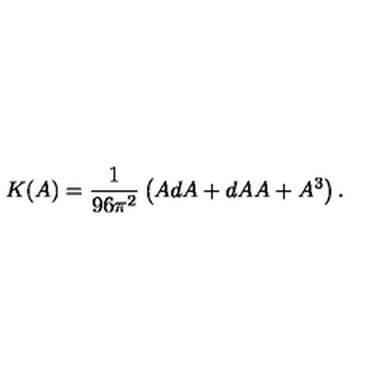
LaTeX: K ( A ) = \frac { 1 } { 9 6 \pi ^ { 2 } } \left( A d A + d A A + A ^ { 3 } \right) .